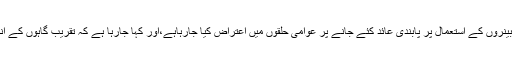
اس دوران شادی اور مذہبی تقریبوں میں فلیکس اور بینروں کے استعمال پر پابندی عائد کئے جانے پر عوامی حلقوں میں اعتراض کیا جارہاہے،اور کہا جارہا ہے کہ تقریب گاہوں کے اندر فلیکس کے استعمال کی اجازت دی جانی چاہئے۔